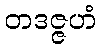
တဒဇ္ဇဟံ